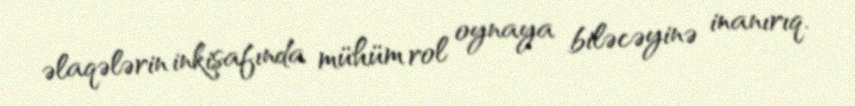
əlaqələrin inkişafında mühüm rol oynaya biləcəyinə inanırıq.